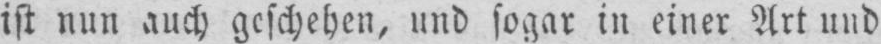
ist nun auch geschehen, und sogar in einer Art und